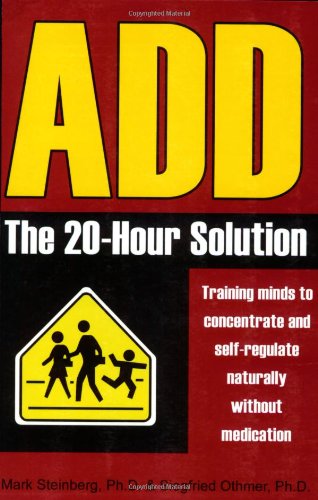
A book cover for ADD: The 20-Hour Solution; Mark Steinberg; Health, Fitness & Dieting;